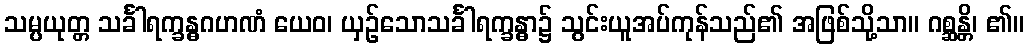
သမ္ပယုတ္တ သင်္ခါရက္ခန္ဓဂဟဏံ ယေဝ၊ ယှဉ်သောသင်္ခါရက္ခန္ဓာ၌ သွင်းယူအပ်ကုန်သည်၏ အဖြစ်သို့သာ။ ဂစ္ဆန္တိ၊ ၏။